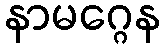
နာမဂ္ဂေန